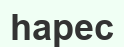
һарес